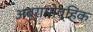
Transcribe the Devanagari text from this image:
अब्रामोव्हिक